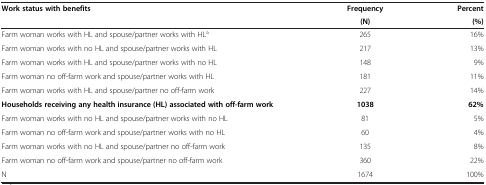
<table><thead><tr><td rowspan="2"><b>Work status with benefits</b></td><td><b>Frequency</b></td><td><b>Percent</b></td></tr><tr><td><b>(N)</b></td><td><b>(%)</b></td></tr></thead><tbody><tr><td>Farm woman works with HL and spouse/partner works with HL<sup>a</sup></td><td>265</td><td>16%</td></tr><tr><td>Farm woman works with no HL and spouse/partner works with HL</td><td>217</td><td>13%</td></tr><tr><td>Farm woman works with HL and spouse/partner works with no HL</td><td>148</td><td>9%</td></tr><tr><td>Farm woman no off-farm work and spouse/partner works with HL</td><td>181</td><td>11%</td></tr><tr><td>Farm woman works with HL and spouse/partner no off-farm work</td><td>227</td><td>14%</td></tr><tr><td><b>Households receiving any health insurance (HL) associated with off-farm work</b></td><td><b>1038</b></td><td><b>62%</b></td></tr><tr><td>Farm woman works with no HL and spouse/partner works with no HL</td><td>81</td><td>5%</td></tr><tr><td>Farm woman no off-farm work and spouse/partner works with no HL</td><td>60</td><td>4%</td></tr><tr><td>Farm woman works with no HL and spouse/partner no off-farm work</td><td>135</td><td>8%</td></tr><tr><td>Farm woman no off-farm work and spouse/partner no off-farm work</td><td>360</td><td>22%</td></tr><tr><td>N</td><td>1674</td><td>100%</td></tr></tbody></table>